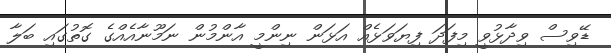
ޑޭވިސް ވިދާޅުވީ މިފަދަ ފިޔަވަޅެއް އަޅަން ނިންމީ އާންމުން ނަމޫނާއެއްގެ ގޮތުގައި ބަލާ